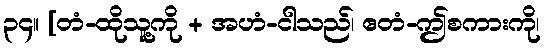
၃၄။ [တံ-ထိုသူ့ကို + အဟံ-ငါသည်၊ ဧတံ-ဤစကားကို၊